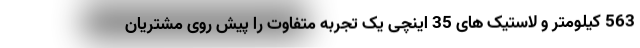
563 کیلومتر و لاستیک های 35 اینچی یک تجربه متفاوت را پیش روی مشتریان